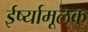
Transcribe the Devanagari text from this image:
ईर्ष्यामूलक